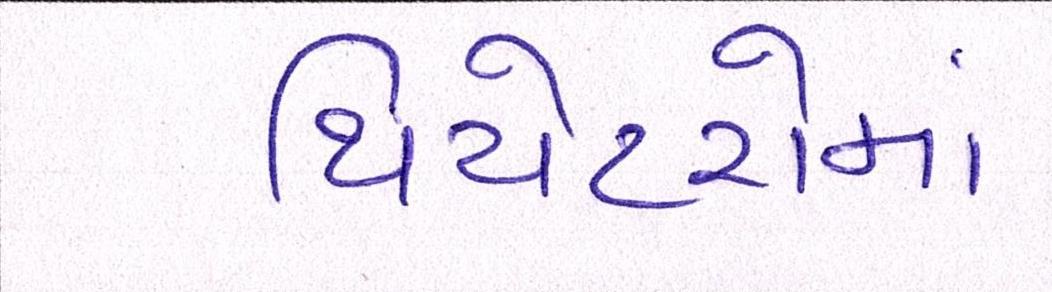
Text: થિયેટરોમાં